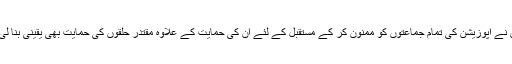
انھوں نے اپوزیشن کی تمام جماعتوں کو ممنون کر کے مستقبل کے لئے ان کی حمایت کے علاوہ مقتدر حلقوں کی حمایت بھی یقینی بنا لی ہے۔